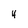
Character: 4